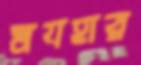
মযহার